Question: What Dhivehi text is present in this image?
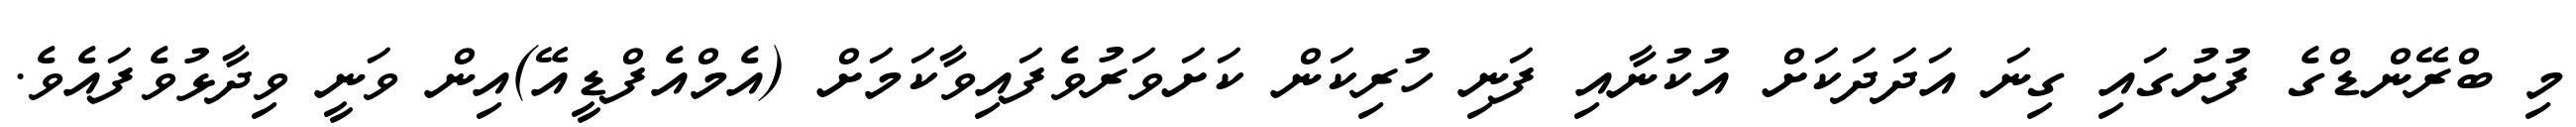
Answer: މި ބްރޭންޑްގެ ފުށުގައި ގިނަ އަދަދަކަށް އުކުނާއި ފަނި ހުރިކަން ކަށަވަރުވެފައިވާކަމަށް (އެމްއެފްޑީއޭ)އިން ވަނީ ވިދާޅުވެފައެވެ.